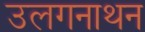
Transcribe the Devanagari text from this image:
उलगनाथन